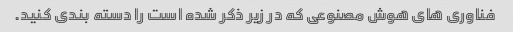
فناوری های هوش مصنوعی که در زیر ذکر شده است را دسته بندی کنید.